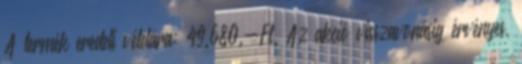
A termék eredeti vételára: 49.680.-Ft. Az akció visszavonásig érvényes,